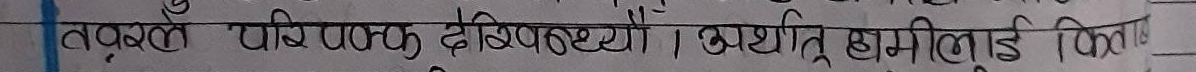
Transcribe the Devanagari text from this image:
तरुक्ले पिपिक देखापर्छौ। अर्थात् एमाइलोइड किन